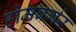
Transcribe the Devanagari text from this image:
होमबर्गर